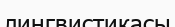
лингвистикасы